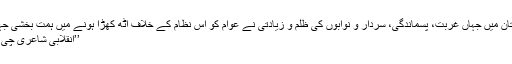
بلوچستان میں جہاں غربت، پسماندگی، سردار و نوابوں کی ظلم و زیادتی نے عوام کو اس نظام کے خلاف اٹھ کھڑا ہونے میں ہمت بخشی جہاں ...
’’انقلابی شاعری چی انت ؟